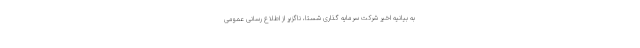
به بیانیه اخیر شرکت سرمایه گذاری شستا، ناگزیر از اطلاع رسانی عمومی